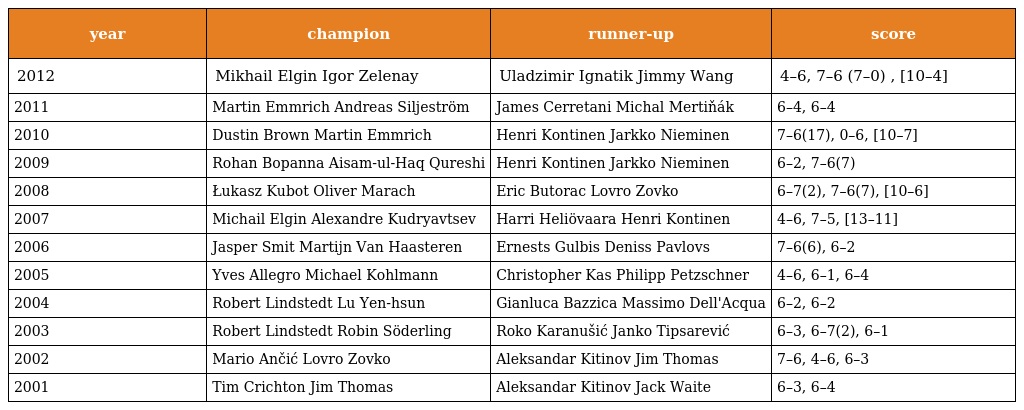
| year | champion | runner-up | score |
 | --- | --- | --- | --- |
 | 2012 | Mikhail Elgin Igor Zelenay | Uladzimir Ignatik Jimmy Wang | 4–6, 7–6 (7–0) , [10–4] |
 | 2011 | Martin Emmrich Andreas Siljeström | James Cerretani Michal Mertiňák | 6–4, 6–4 |
 | 2010 | Dustin Brown Martin Emmrich | Henri Kontinen Jarkko Nieminen | 7–6(17), 0–6, [10–7] |
 | 2009 | Rohan Bopanna Aisam-ul-Haq Qureshi | Henri Kontinen Jarkko Nieminen | 6–2, 7–6(7) |
 | 2008 | Łukasz Kubot Oliver Marach | Eric Butorac Lovro Zovko | 6–7(2), 7–6(7), [10–6] |
 | 2007 | Michail Elgin Alexandre Kudryavtsev | Harri Heliövaara Henri Kontinen | 4–6, 7–5, [13–11] |
 | 2006 | Jasper Smit Martijn Van Haasteren | Ernests Gulbis Deniss Pavlovs | 7–6(6), 6–2 |
 | 2005 | Yves Allegro Michael Kohlmann | Christopher Kas Philipp Petzschner | 4–6, 6–1, 6–4 |
 | 2004 | Robert Lindstedt Lu Yen-hsun | Gianluca Bazzica Massimo Dell'Acqua | 6–2, 6–2 |
 | 2003 | Robert Lindstedt Robin Söderling | Roko Karanušić Janko Tipsarević | 6–3, 6–7(2), 6–1 |
 | 2002 | Mario Ančić Lovro Zovko | Aleksandar Kitinov Jim Thomas | 7–6, 4–6, 6–3 |
 | 2001 | Tim Crichton Jim Thomas | Aleksandar Kitinov Jack Waite | 6–3, 6–4 |